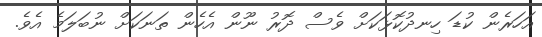
އަހަރެން ކުޑަ ހިނދުކޮޅަކަށް ވެސް ދޮރު ނޫން އެހެން ތަނަކަށް ނުބަލަމެ އެވެ.